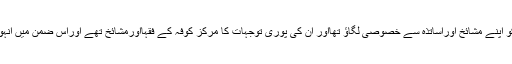
(۱)	حضرت شاہ صاحب کی پہلی دلیل یہ ہے کہ اہل کوفہ کو اپنے مشائخ اوراساتذہ سے خصوصی لگاؤ تھااور ان کی پوری توجہات کا مرکز کوفہ کے فقہااورمشائخ تھے اوراس ضمن میں انہوں نے حضرت مسروق اورامام ابوحنیفہ کا واقعہ پیش کیاہے۔